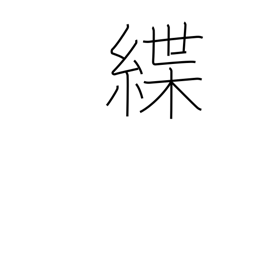
Meaning: leash